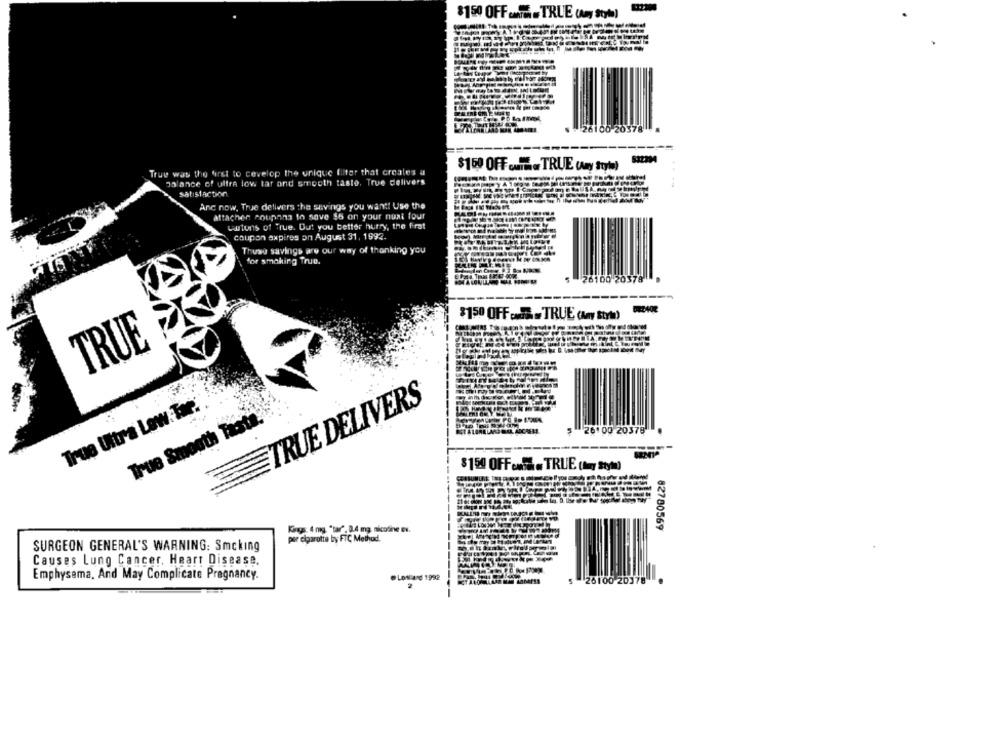
$150 OFF .MATER = TRUE (Any Style)
-26100 20378
$150 OFF . = TRUE (Any Style)
True was the first to cevelop the unique filter that creates a
balance of ulfra low tat and smooth tasto. True delivers
---
satisfaction
Anc now, True delivers the savings you want! Use the
attachen coupnna to save $6 on your next four
Lutons of True. Dut you better hurry, the frat
coupon axpires on August 31, 1992.
Thuso savings are our way of thanking you
for smoking True.
26100 20378
$150 OFF . T = TRUE (kry StyM)
TRUE
TRUE DELIVERS
True Ultra Low. Tar.
True Smooth Taste
26100 20378
$150 OFF .... TRUE (Amy stym)
82780569
Kings: 4 mg. "tar", 0.4 mg. nicotine EN.
por elgarotte by FTC Method.
SURGEON GENERAL'S WARNING: Smcking
Causes Lung Cancer, Heart Disease.
Emphysema, And May Complicate Pregnancy.
@ Lowland 1992
2
5 26100 20378